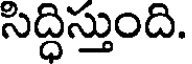
సిద్ధిస్తుంది.